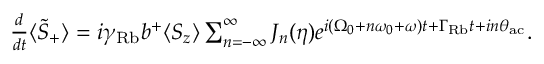
\begin{array} { r } { \frac { d } { d t } \langle \tilde { S } _ { + } \rangle = i \gamma _ { \mathrm { R b } } b ^ { + } \langle S _ { z } \rangle \sum _ { n = - \infty } ^ { \infty } J _ { n } ( \eta ) e ^ { i ( \Omega _ { 0 } + n \omega _ { 0 } + \omega ) t + \Gamma _ { \mathrm { R b } } t + i n \theta _ { \mathrm { a c } } } . } \end{array}